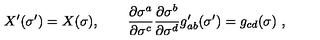
X ^ { \prime } ( \sigma ^ { \prime } ) = X ( \sigma ) , \qquad \frac { \partial \sigma ^ { a } } { \partial \sigma ^ { c } } \frac { \partial \sigma ^ { b } } { \partial \sigma ^ { d } } g _ { a b } ^ { \prime } ( \sigma ^ { \prime } ) = g _ { c d } ( \sigma ) \ ,